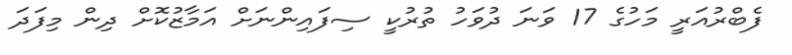
ފެބްރުއަރީ މަހުގެ 17 ވަނަ ދުވަހު ތުރުކީ ސިފައިންނަށް އަމާޒުކޮށް ދިން މިފަދަ